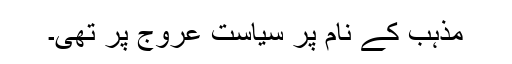
مذہب کے نام پر سیاست عروج پر تھی۔